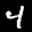
Label: 4